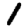
Digit: 1